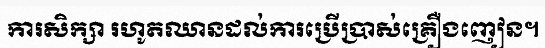
ការសិក្សា រហូតឈានដល់ការប្រើប្រាស់គ្រឿងញៀន។